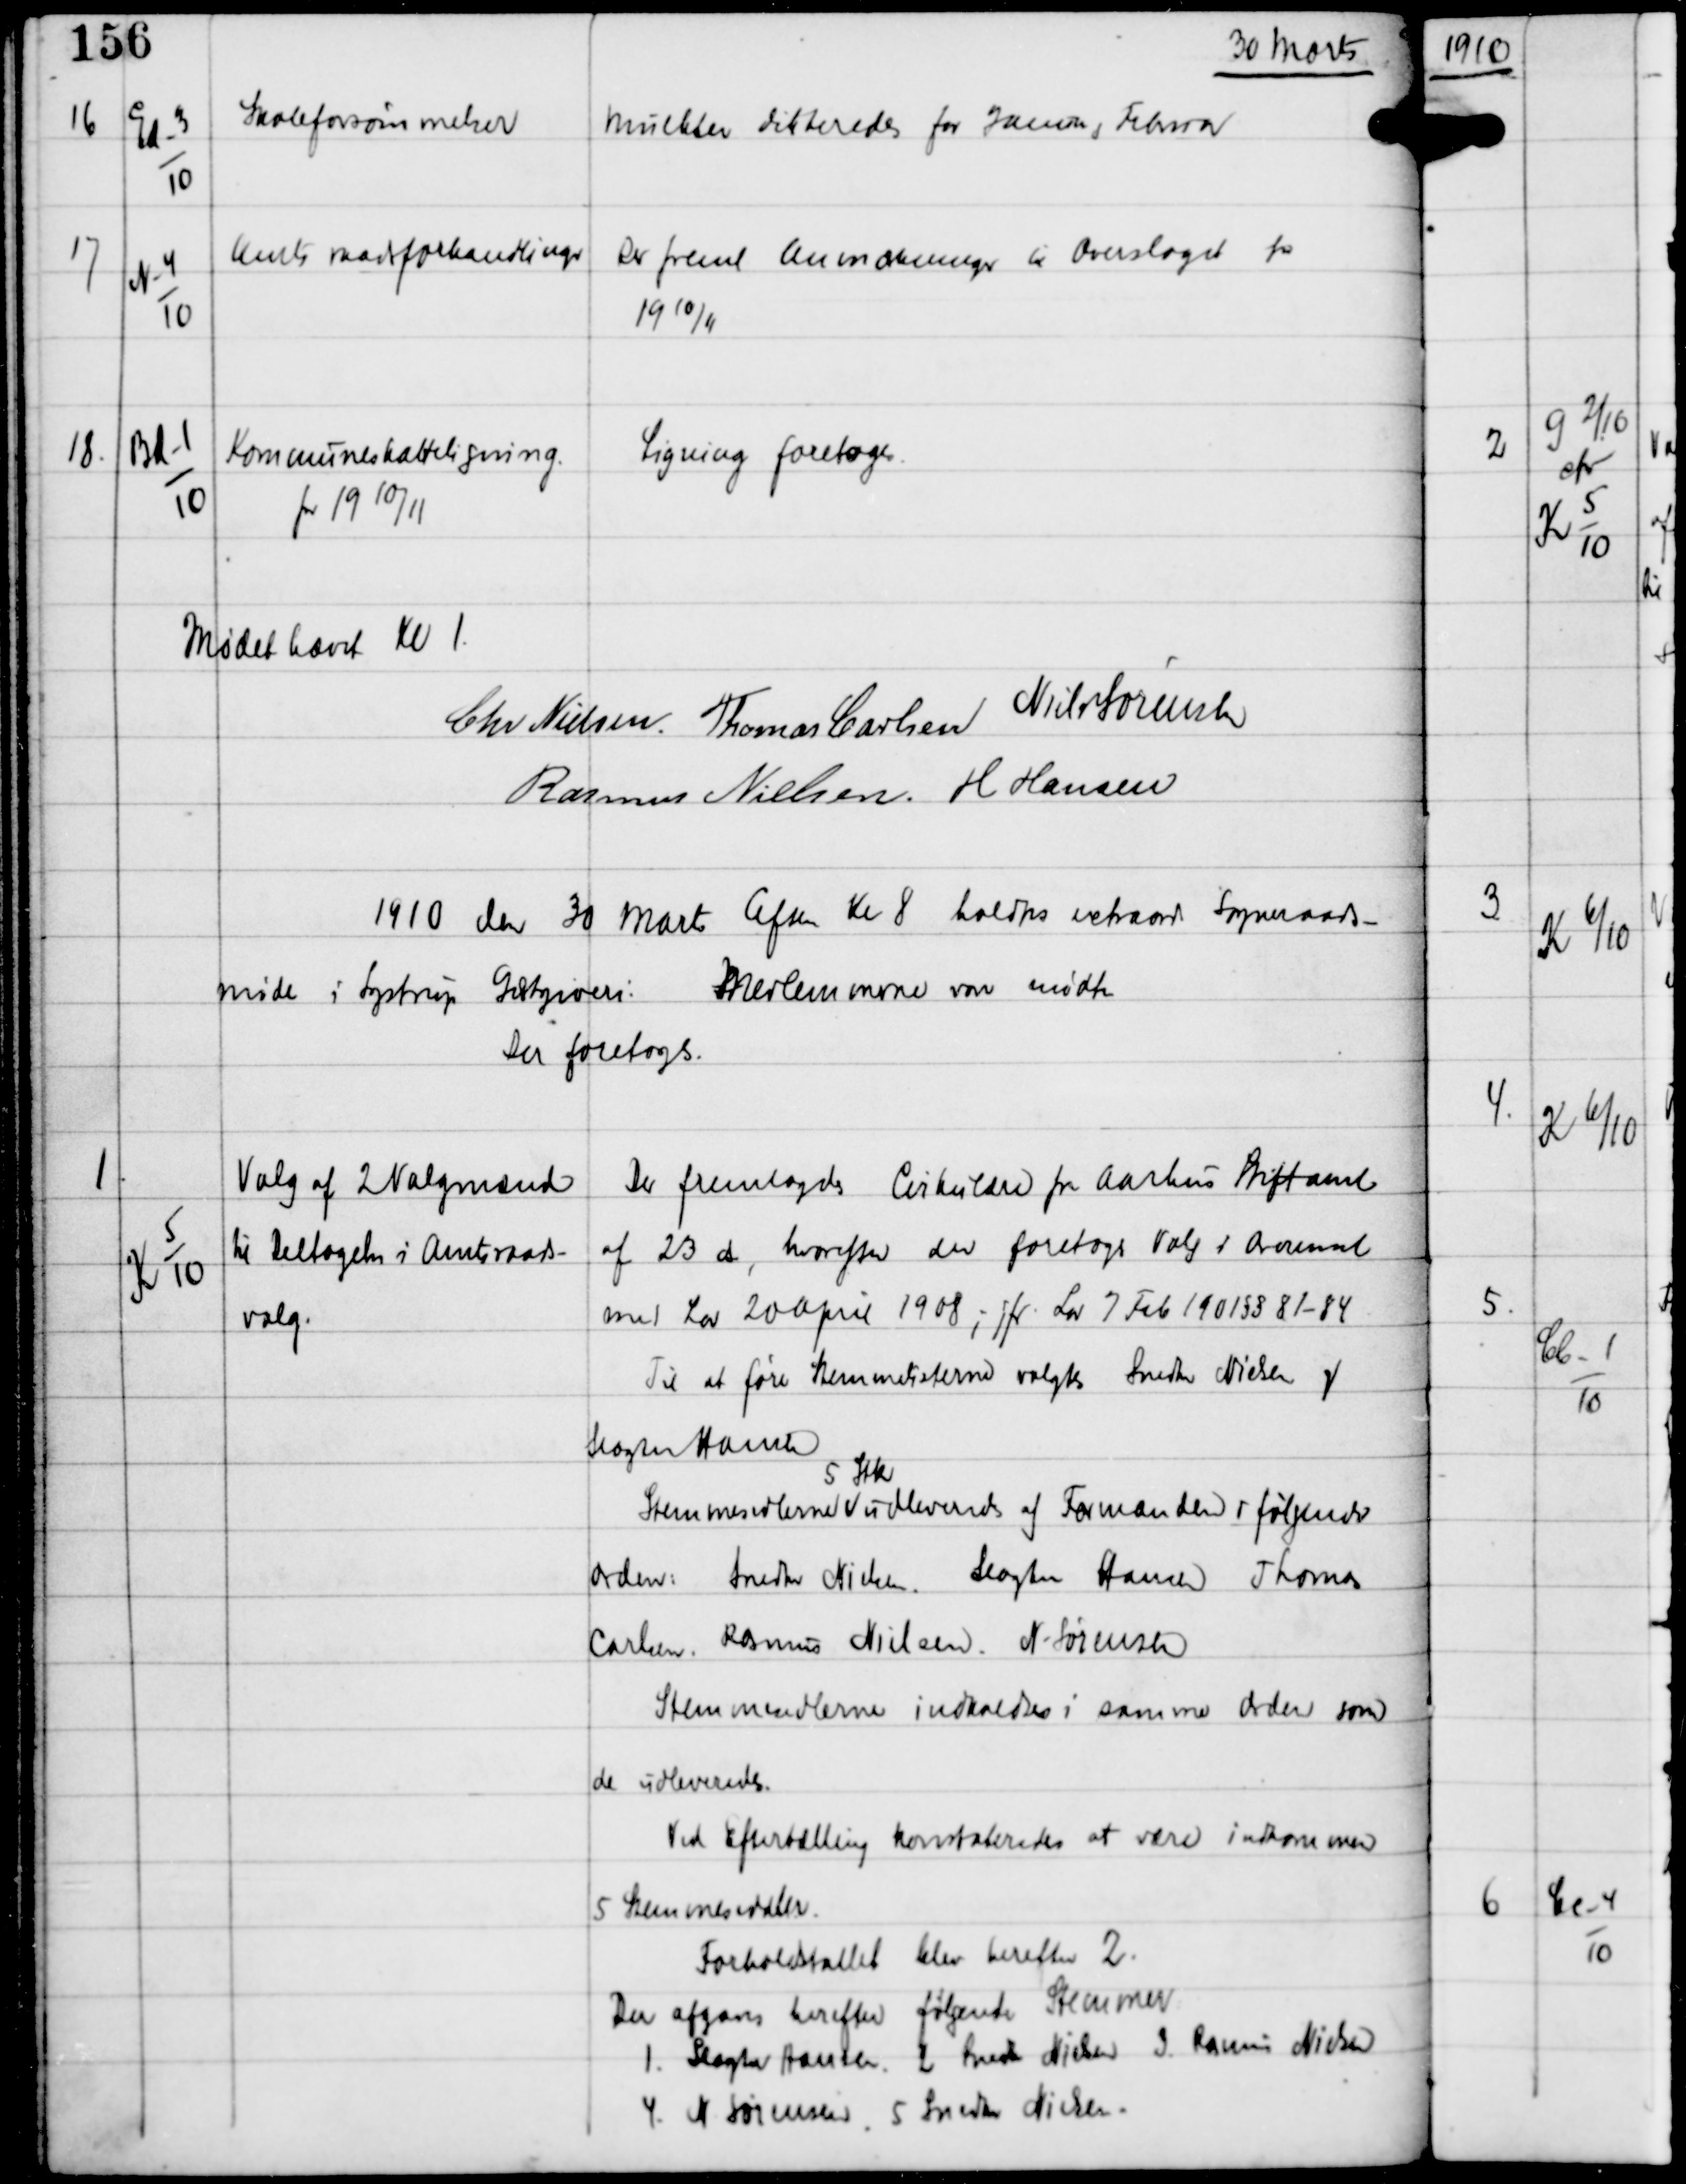
Transskription:
30 Marts

16

Ed-3
10

Skoleforsømmelser

Mulkter dikteredes for Januar, Februar

17

N-4
10

Amtsraadsforhandlinger

Der freml Anmærkninger til Overslaget for
19 10/11

18.

Bd-1
10

Kommuneskatteligning
for 19 10/11

Ligning foretoges.

Mødet hævet Kl 1
Chr Nielsen Thomas Carlsen Niels Sørensen
Rasmus Nielsen H Hansen

1910 den 30 Marts Aften Kl 8 holdtes extraord Sogneraads-
møde i Lystrup Gæstgiveri Medlemmerne vare mødte
Der foretoges.

1.

K 5
10

Valg af 2 Valgmænd
til Deltagelse i Amtsraads-
valg.

Der fremlagdes Cirkulære fra Aarhus Stiftamt
af 23 ds, hvorefter der foretoges Valg i Overenst
med Lov 20 April 1908; jfr Lov 7 Feb 1901 §§ 81-84
Til at føre Stemmelisterne valgtes Snedker Nielsen og
Slagter Hansen
Stemmesedlerne
5 Stk
udleveredes af Formanden i følgende
orden: Snedker Nielsen Slagter Hansen Thomas
Carlsen Rasmus Nielsen N Sørensen
Stemmesedlerne indkaldtes i samme Orden som
de udleveredes.
Ved Eftertælling konstateredes at være indkommen
5 Stemmesedler.
Forholdstallet blev herefter 2.
Der afgaves herefter følgende Stemmer:
1. Slagter Hansen 2. Snedker Nielsen 3. Rasmus Nielsen
4. N Sørensen 5. Snedker Nielsen.